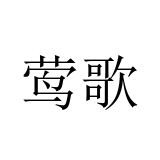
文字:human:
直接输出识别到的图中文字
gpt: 莺歌